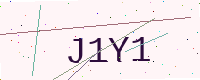
Text: J1Y1